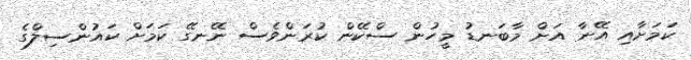
ކަމަށާއި އޭނާ އަށް މާބަނޑު މީހުން ސްކޭން ކުރަންވެސް ނޭނގޭ ކަމަށް ކައުންސިލްގެ